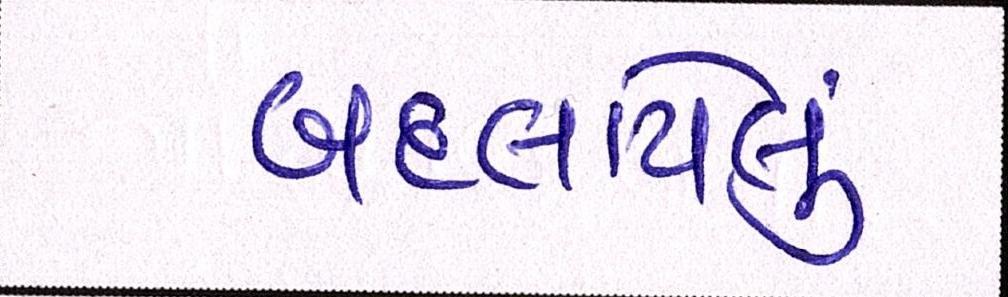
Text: બદલાયેલું